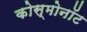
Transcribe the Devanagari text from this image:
कोस्मोनॉट